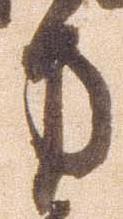
方